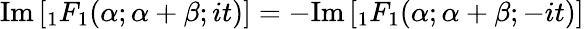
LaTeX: {\textrm{Im}}\left[{}_{1}F_{1}(\alpha;\alpha+\beta;it)\right]=-{\textrm{Im}}\left[{}_{1}F_{1}(\alpha;\alpha+\beta;-it)\right]